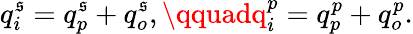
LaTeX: q_{i}^{\mathfrak{s}}=q_{p}^{\mathfrak{s}}+q_{o}^{\mathfrak{s}},\qquadq_{i}^{p}=q_{p}^{p}+q_{o}^{p}.